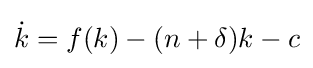
{\dot {k}}=f(k)-(n+\delta )k-c